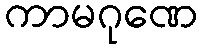
ကာမဂုဏေ